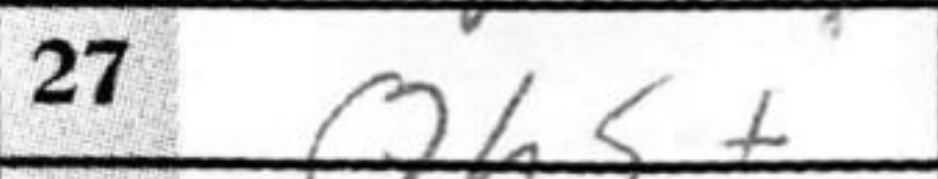
Transcription: Qh5+